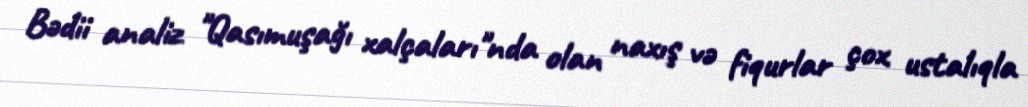
Bədii analiz "Qasımuşağı xalçaları"nda olan naxış və fiqurlar çox ustalıqla